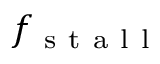
f _ { \mathrm { ~ s ~ t ~ a ~ l ~ l ~ } }